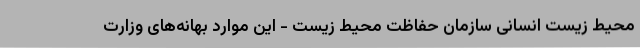
محیط زیست انسانی سازمان حفاظت محیط زیست - این موارد بهانه‌های وزارت